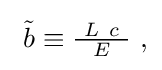
{\textstyle \ {\tilde {b}}\equiv {\frac {\ L\ c\ }{E}}\ ,}